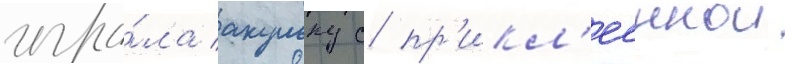
игра́ла акульку с пр'икл'ееннои